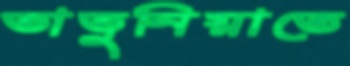
ভাভুনিয়াতে